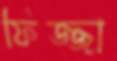
ফিজ্জা